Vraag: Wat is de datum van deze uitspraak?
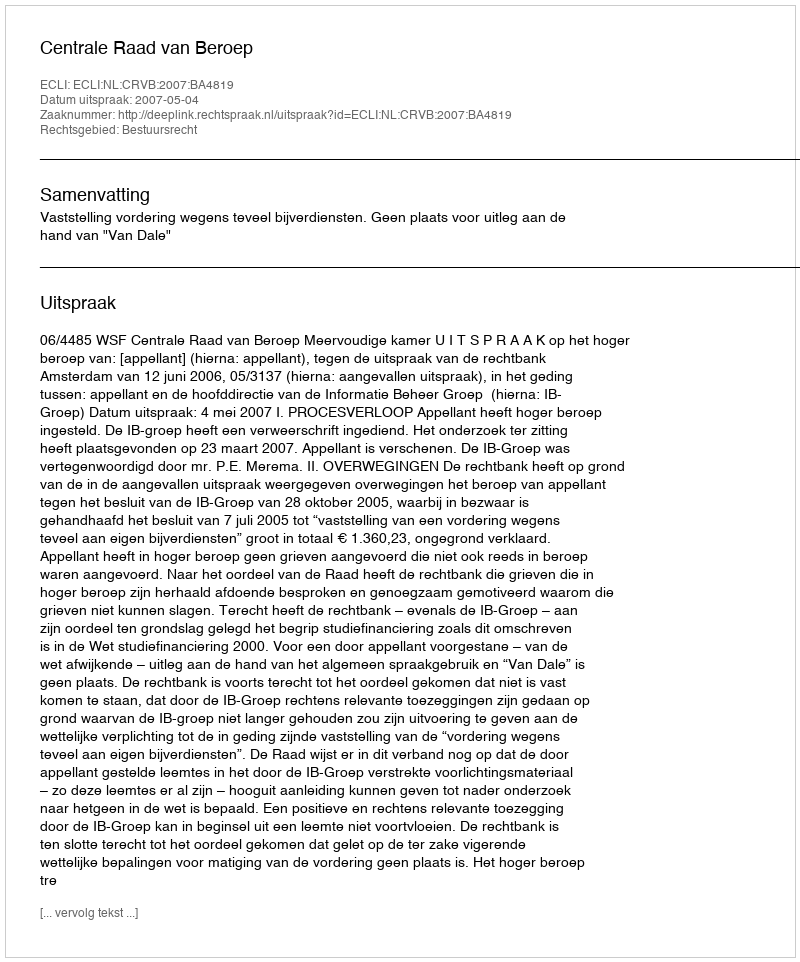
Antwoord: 2007-05-04